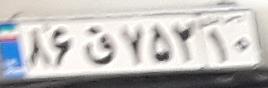
۸۶ق۷۵۲۱۰